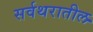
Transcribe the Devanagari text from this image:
सर्वथरातील